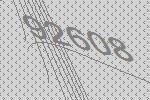
92608